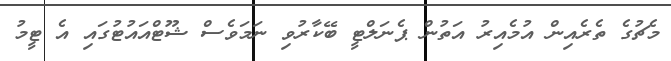
މެޗުގެ ތެރެއިން އުމެއިރު އަތުން ޕެނަލްޓީ ބޭކާރުވި ނަމަވެސް ޝޫޓްއައުޓުގައި އެ ޓީމު